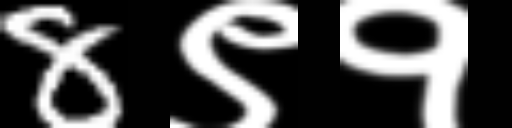
Text: 8९१